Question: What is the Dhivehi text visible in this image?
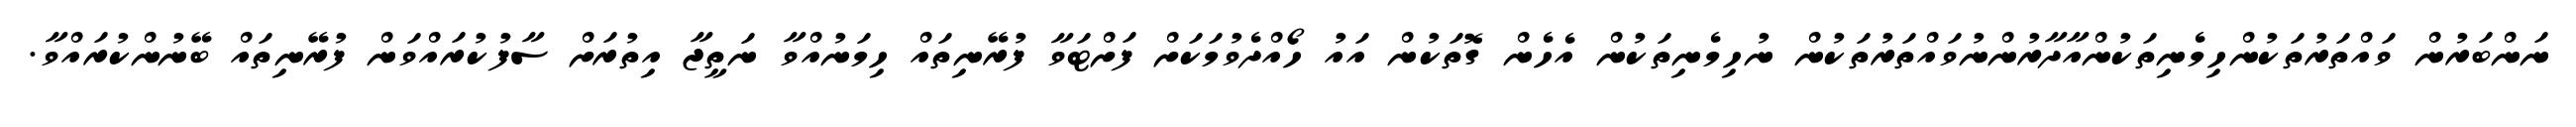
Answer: ނަންބަރުން ވައްތަރުތަކުންހިމެނިތަކުންއާދާރުންނުވައްތަރުތަކުން ނުހިމެނިތަކުން އެހެން ގޮތަކުން އައު ހޯއްދެވުމަކަށް ފަށްޓަވާ ފުރޭނިތައް ހިމަނުއްވާ ނަތީޖާ އިތުރަށް ސާފުކުރައްވަން ފުރޭނިތައް ބޭނުންކުރައްވާ.